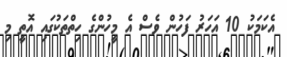
އެކަމަކު 10 އަހަރު ފަހުން ވެސް އެ މީހުންގެ ހިތްތަކުގައި އޮތީ މި